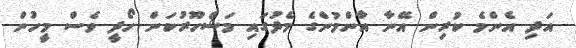
އަދި އެންމެ ކުރިން އޭނާ އާންމުންގެ މެދުގައި މަޝްހޫރުކަން ހޯދީ ވެސް މީހުން